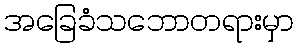
အခြေခံသဘောတရားမှာ